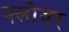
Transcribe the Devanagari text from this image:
फ्लोवर